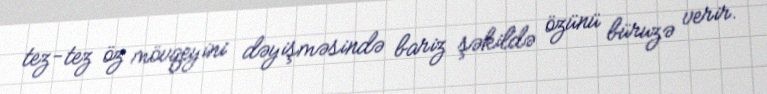
tez-tez öz mövqeyini dəyişməsində bariz şəkildə özünü büruzə verir.